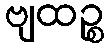
ဗျထဉ္စ